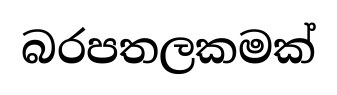
බරපතලකමක්